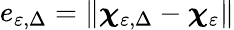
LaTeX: e_{\varepsilon,\Delta}=\| \boldsymbol{\chi}_{\varepsilon,\Delta}-\boldsymbol{\chi}_{\varepsilon}\|